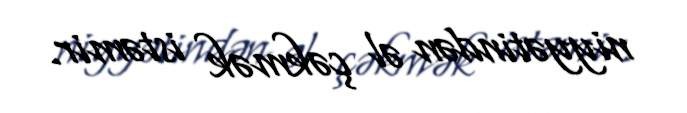
niyyətindən əl çəkmək istəmir.